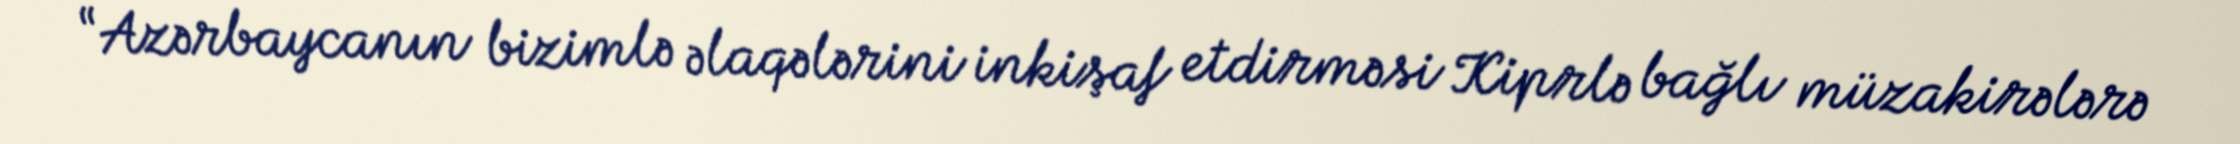
“Azərbaycanın bizimlə əlaqələrini inkişaf etdirməsi Kiprlə bağlı müzakirələrə